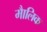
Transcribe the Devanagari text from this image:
माैलिक